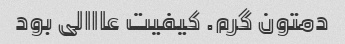
دمتون گرم. کیفیت عااالی بود